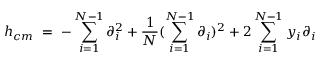
h _ { c m } \ = \ - \sum _ { i = 1 } ^ { N - 1 } \partial _ { i } ^ { 2 } + \frac { 1 } { N } ( \sum _ { i = 1 } ^ { N - 1 } \partial _ { i } ) ^ { 2 } + 2 \sum _ { i = 1 } ^ { N - 1 } y _ { i } \partial _ { i }